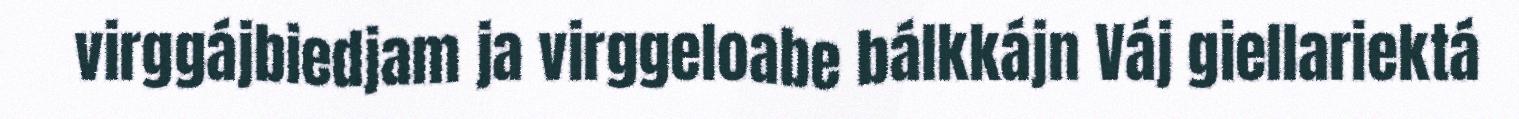
virggájbiedjam ja virggeloabe bálkkájn Váj giellariektá